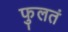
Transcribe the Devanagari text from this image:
फुलतं